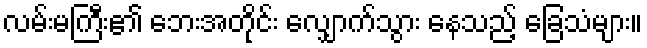
လမ်းမကြီး၏ ဘေးအတိုင်း လျှောက်သွား နေသည့် ခြေသံများ။